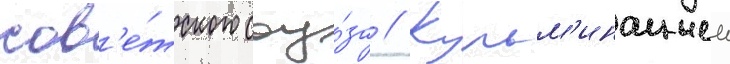
сов'е́тского соу́за // Кульм'инациеи